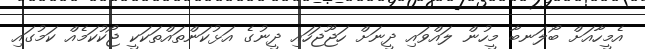
އެމީހާއަށް ބޯލަނބާ މީހުން ލައްވައި ދީނަށް ހަޖޫޖަހައި ދީނުގެ އަޅުކަންތައްތަކަކީ ޖޯކުކަމެއް ކަމުގައި